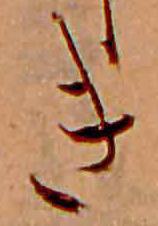
き